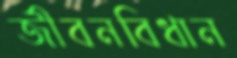
জীবনবিধান